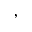
,